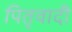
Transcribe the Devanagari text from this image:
पितृवादी